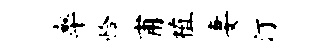
率恰甫植妻汀